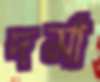
দর্মা